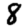
Digit: 8